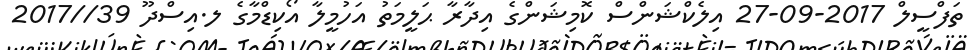
ތަފްސީލް 2017-09-27 އިލެކްޝަންސް ކޮމިޝަންގެ އިދާރާ ޙަލީމަތު އަހުމީލާ އޯކިޑްމާގެ ލ.އިސްދޫ 39//2017